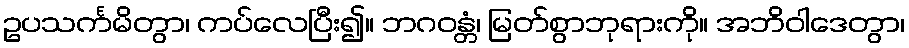
ဥပသင်္ကမိတွာ၊ ကပ်လေပြီး၍။ ဘဂဝန္တံ၊ မြတ်စွာဘုရားကို။ အဘိဝါဒေတွာ၊